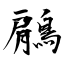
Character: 鵳